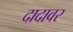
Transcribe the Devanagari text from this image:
दादावर